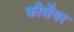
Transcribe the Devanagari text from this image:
कौर्सेयर